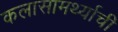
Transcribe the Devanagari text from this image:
कलासामर्थ्याची